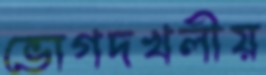
ভোগদখলীয়